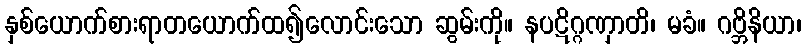
နှစ်ယောက်စားရာတယောက်ထ၍လောင်းသော ဆွမ်းကို။ နပဋိဂ္ဂဏှာတိ၊ မခံ။ ဂဗ္ဘိနိယာ၊